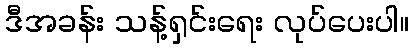
ဒီအခန်း သန့်ရှင်းရေး လုပ်ပေးပါ။